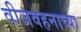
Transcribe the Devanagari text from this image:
वीजवहनाच्या